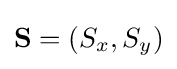
\mathbf {S} =(S_{x},S_{y})